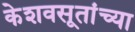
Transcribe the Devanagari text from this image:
केशवसूतांच्या